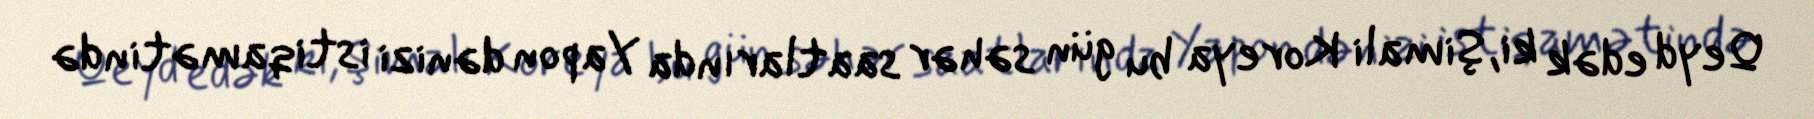
Qeyd edək ki, Şimali Koreya bu gün səhər saatlarında Yapon dənizi istiqamətində